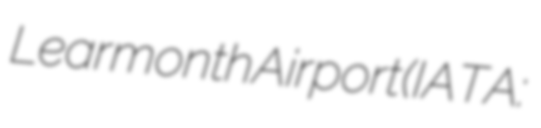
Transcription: Learmonth Airport (IATA: